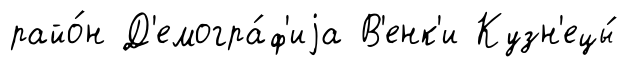
райо́н Д'емогра́ф'иjа В'енк'и Кузн'ецы́